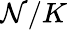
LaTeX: \mathcal{N}/K